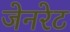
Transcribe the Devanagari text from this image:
जेनरेट